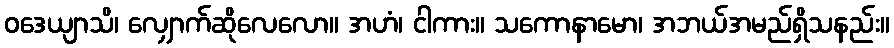
ဝဒေယျာသိ၊ လျှောက်ဆိုလေလော။ အဟံ၊ ငါကား။ သကောနာမော၊ အဘယ်အမည်ရှိသနည်း။